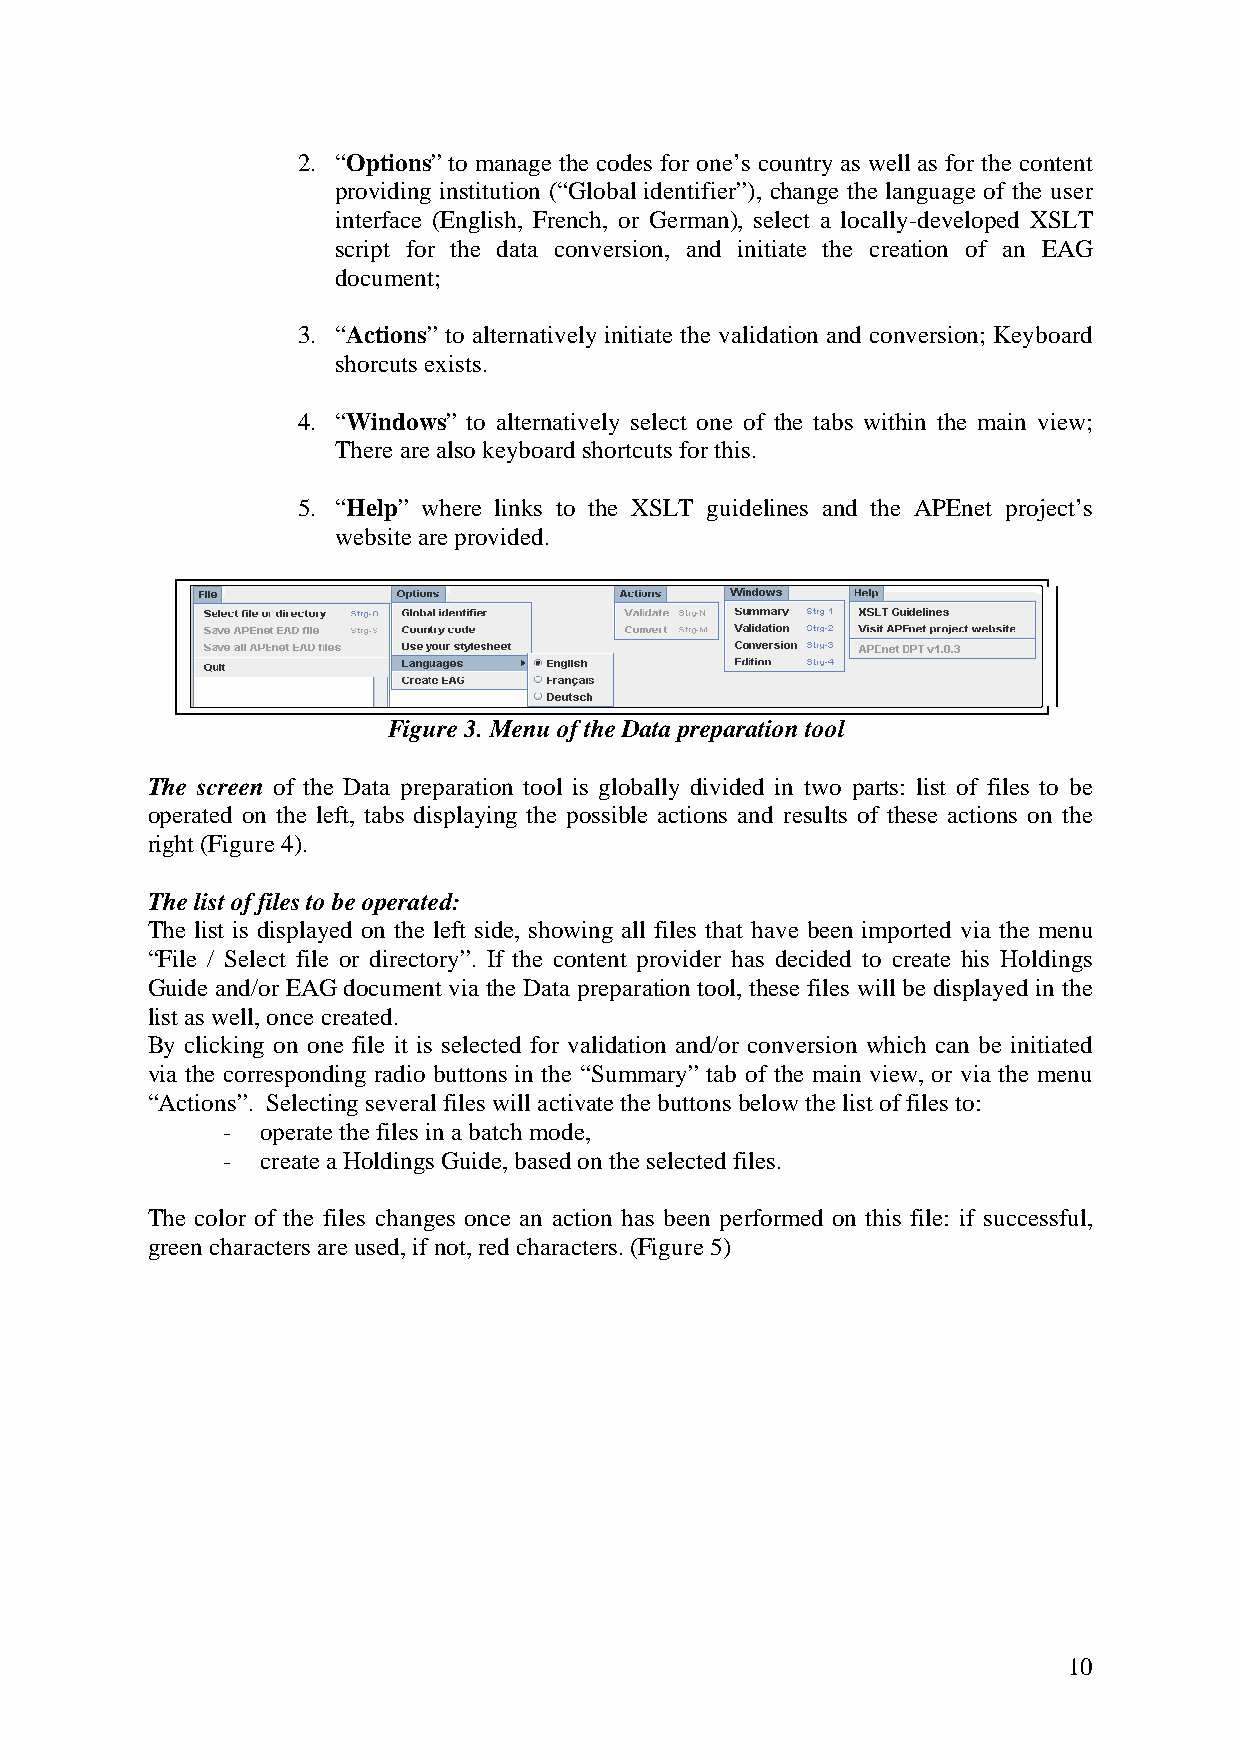
2. “Options” to manage the codes for one’s country as well as for the content
 providing institution (“Global identifier”), change the language of the user
 interface (English, French, or German), select a locally-developed XSLT
 script for the data conversion, and initiate the creation of an EAG
 document;
 3. “Actions” to alternatively initiate the validation and conversion; Keyboard
 shorcuts exists.
 4. “Windows” to alternatively select one of the tabs within the main view;
 There are also keyboard shortcuts for this.
 5. “Help” where links to the XSLT guidelines and the APEnet project’s
 website are provided.
 Figure 3. Menu of the Data preparation tool
 The screen of the Data preparation tool is globally divided in two parts: list of files to be
 operated on the left, tabs displaying the possible actions and results of these actions on the
 right (Figure 4).
 The list of files to be operated:
 The list is displayed on the left side, showing all files that have been imported via the menu
 “File / Select file or directory”. If the content provider has decided to create his Holdings
 Guide and/or EAG document via the Data preparation tool, these files will be displayed in the
 list as well, once created.
 By clicking on one file it is selected for validation and/or conversion which can be initiated
 via the corresponding radio buttons in the “Summary” tab of the main view, or via the menu
 “Actions”. Selecting several files will activate the buttons below the list of files to:
 - operate the files in a batch mode,
 - create a Holdings Guide, based on the selected files.
 The color of the files changes once an action has been performed on this file: if successful,
 green characters are used, if not, red characters. (Figure 5)
 10